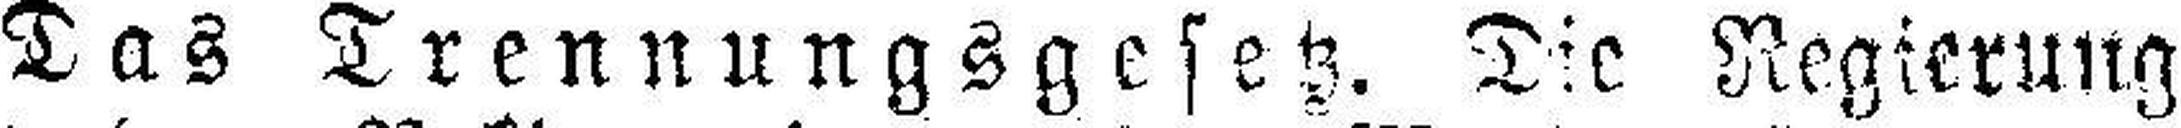
Das Trennungsgesetz. Die Negierung